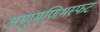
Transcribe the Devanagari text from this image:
अणुमणिभस्फट